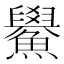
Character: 𫚃